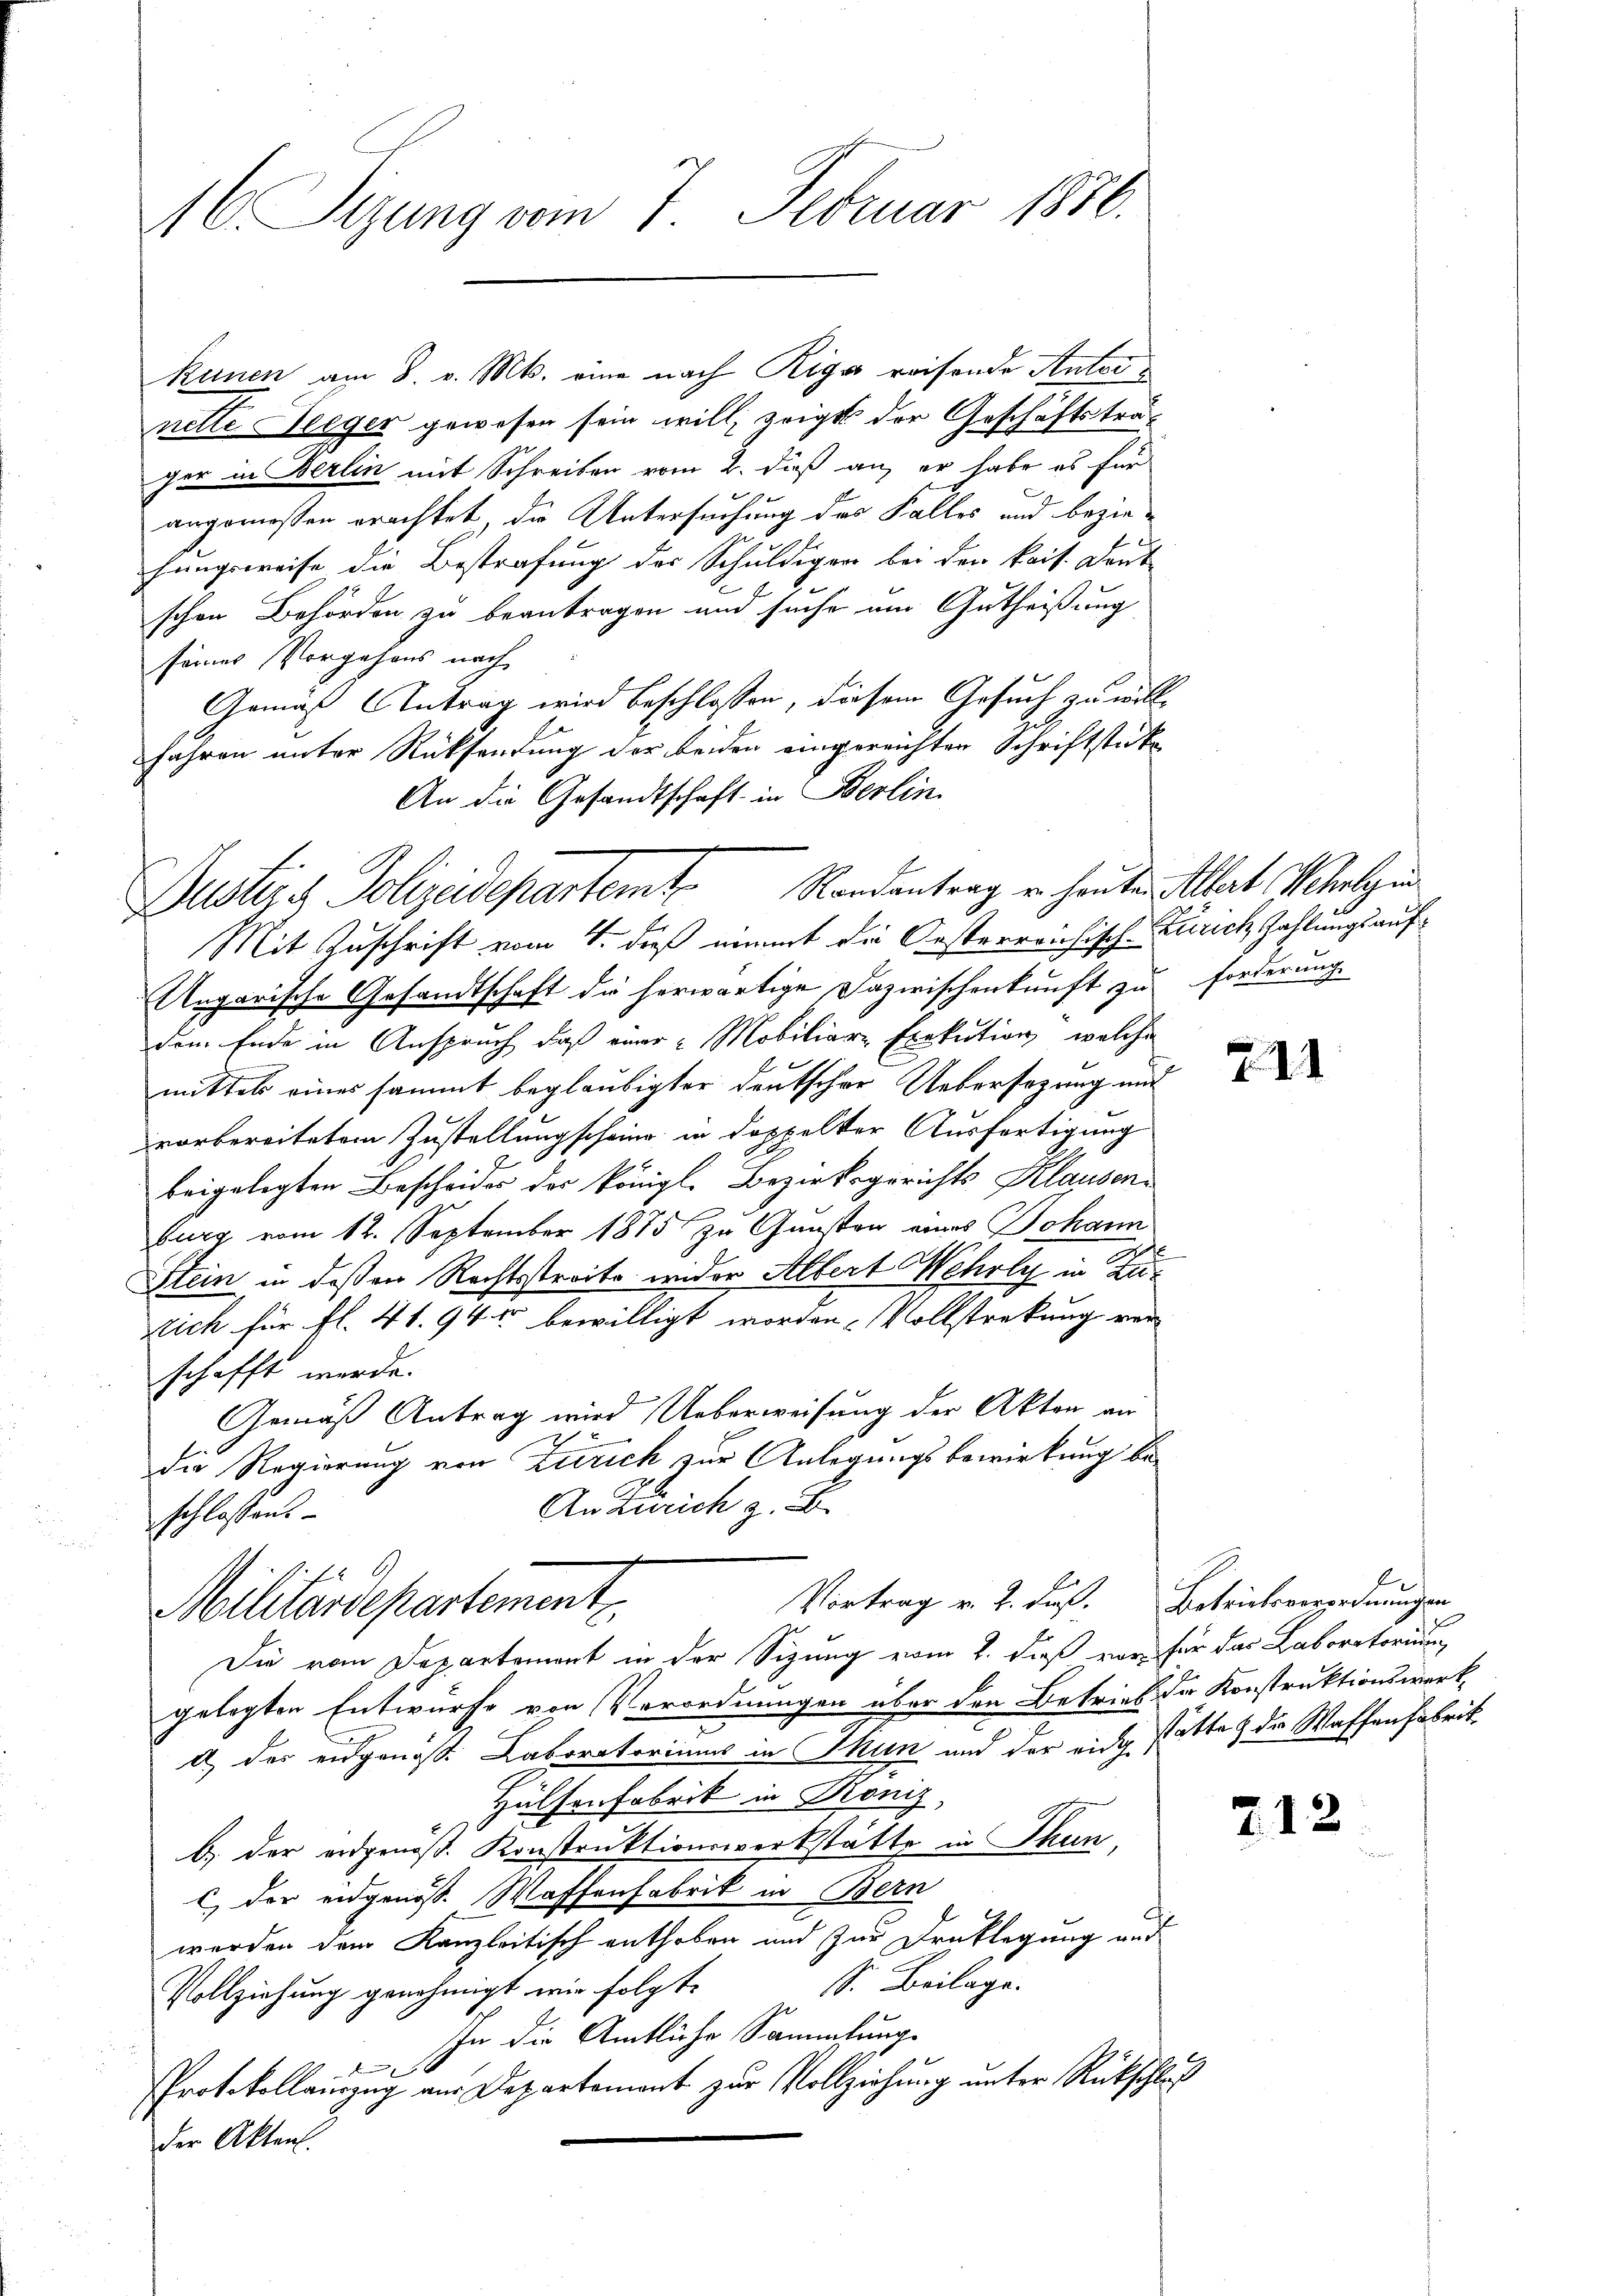
16. Sizung vom 7. Februar 1876.

kunen am 8. v. Mts. eine nach Riga reisende Antornette Seeger gewesen sein will, zeigt der Geschäftstra-
ger in Berlin mit Schreiben vom 2. dieß an, er habe es für
angemessen erachtet, die Untersuchung des Falles und beziehungsweise die Bestrafung der Schuldigen bei den kais. Drub
schen Behörden zu beantragen und suche am Gutheißung
seines Vorgehens nach
Gemäß Antrag wird beschlossen, diesem Gesuch zu willfahren unter Rücksendung der beiden eingereichten Schriftstücke
An die Gesandtschaft in Berlin.
Mit Zuschrift vom 4. dieß nimmt die Oesterreichisch-Zürich Zahlungsauf¬
Ungarische Gesandtschaft die herwärtige Dazwischenkunft zu forderung
dem Ende in Anspruch, daß einer Mobiliare Exekution, welche
mittels eines sammt beglaubigter deutscher Uebersezung und
vorbereitetem Zustellungscheine in doppelter Ausfertigung
beigelegten Bescheides der königl. Bezirksgerichts Klausen
burg vom 12. September 1875 zu Gunsten eines Johann
Stein in deßen Rechtsstreits wider Albert Wehrly in Zu¬
Nich für fl. 41. 941 bewilligt worden. Vollstreckung ver
schafft werde.
Gemäß Antrag wird Ueberweisung der Akten an
die Regierung von Zürich zur Anlegungsbewirkung be-
An Zürich z. B.
schlossens
Vortrag v. 2. daß. Betriebsverordnungen
Militärdepartement
Die vom Departement in der Sizung vom 2. dieß vor für das Laboratorium
gelegten Entwurfe von Verordnungen über den Betrieb der Konstruktionswerk
d) der eidgangs: Laboratoriums in Thun und der eidg statte & der Waffenfabrit
Hülsenfabrik in Köniz,
b.) der eidgenöß. Konstruktionswerkstätte in Thun
C der eidgenöss. Waffenfabrik in Bern
werden dem Kanzleitisch enthoben und zur Druklegung auf
S. Beilage.
Vollziehung genehmigt wir folgt.
In die Amtliche Sammlung
F
Protokollauszug aus Departement zur Vollziehung unter Rückschluß
der Akten.

Justiz & Polizeidepartemt. Randantrag u. heuten Stat. Verlegen¬

d

711

7.12.